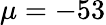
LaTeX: \mu=-53